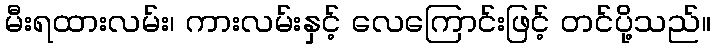
မီးရထားလမ်း၊ ကားလမ်းနှင့် လေကြောင်းဖြင့် တင်ပို့သည်။